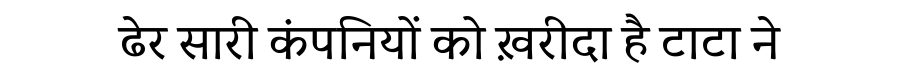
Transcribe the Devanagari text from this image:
ढेर सारी कंपनियों को ख़रीदा है टाटा ने